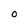
Character: 0